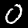
Digit: 0